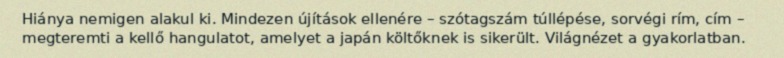
Hiánya nemigen alakul ki. Mindezen újítások ellenére – szótagszám túllépése, sorvégi rím, cím – megteremti a kellő hangulatot, amelyet a japán költőknek is sikerült. Világnézet a gyakorlatban.